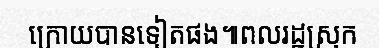
ក្រោយបានទៀតផង៕ពលរដ្ឋស្រុក